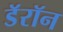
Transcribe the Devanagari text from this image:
डॅरॉन